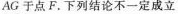
AG于点F。下列结论不一定成立